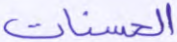
الحسنات